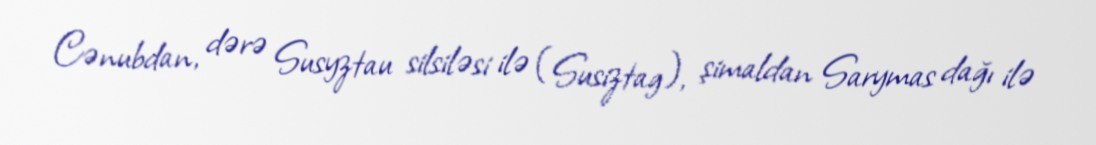
Cənubdan, dərə Susyztau silsiləsi ilə (Susiztag), şimaldan Sarymas dağı ilə